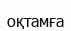
оқтамға